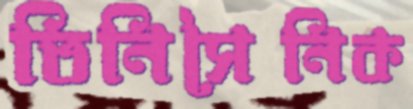
তিনিসৈনিক